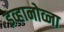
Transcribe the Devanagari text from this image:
इव्हानोव्ना